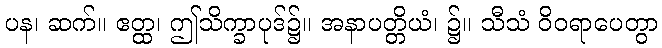
ပန၊ ဆက်။ ဧတ္ထ၊ ဤသိက္ခာပုဒ်၌။ အနာပတ္တိယံ၊ ၌။ သီသံ ဝိဝရာပေတွာ